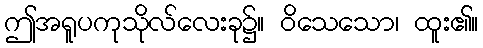
ဤအရူပကုသိုလ်လေးခု၌။ ဝိသေသော၊ ထူး၏။